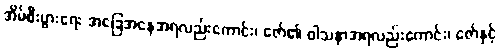
အိမ်စီးပွားရေး အခြေအနေအရလည်းကောင်း၊ ဇော်၏ ဝါသနာအရလည်းကောင်း၊ ဇော်နှင့်